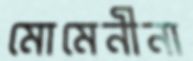
মোমেনীনা